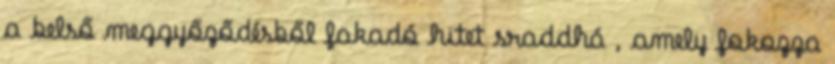
a belső meggyőződésből fakadó hitet sraddhá , amely fokozza